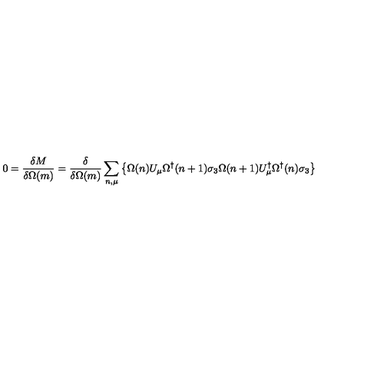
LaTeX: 0 = \frac { \delta M } { \delta \Omega ( m ) } = \frac { \delta } { \delta \Omega ( m ) } \sum _ { n , \mu } \left\{ \Omega ( n ) U _ { \mu } \Omega ^ { \dagger } ( n + 1 ) \sigma _ { 3 } \Omega ( n + 1 ) U _ { \mu } ^ { \dagger } \Omega ^ { \dagger } ( n ) \sigma _ { 3 } \right\}